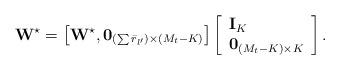
LaTeX: \begin{align*} {{\bf{W}}^{\star}} = \left[ {{{\bf{W}}^{\star}},{{\bf{0}}_{\left( {\sum {{{\bar r}_{l'}}} } \right) \times \left( {{M_t} - K} \right)}}} \right]\left[ \begin{array}{l} {{\bf{I}}_K}\\ {{\bf{0}}_{\left( {{M_t} - K} \right) \times K}} \end{array} \right]. \end{align*}